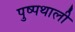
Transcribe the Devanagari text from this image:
पुष्पथाली